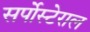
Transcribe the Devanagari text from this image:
सर्पोस्टेराल